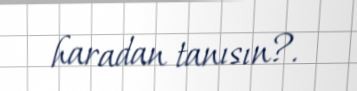
haradan tanısın?.